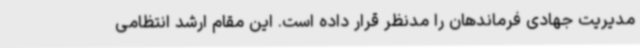
مدیریت جهادی فرماندهان را مدنظر قرار داده است. این مقام ارشد انتظامی